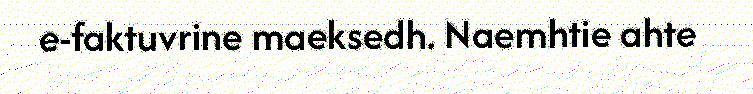
e-faktuvrine maeksedh. Naemhtie ahte